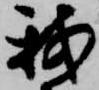
我